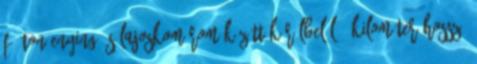
főúton Enying és Lajoskomárom között körülbelül 5 kilométer hosszú